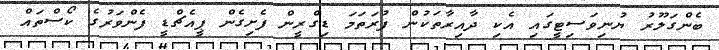
ބެންގަލޫރު ޔުނިވަސިޓީގައި އެކި ދާއިރާތަކުން ފުރަތަމަ ޑިގްރީން ފެށިގެން ޕީއެޗްޑީ ފެންވަރުގެ ކޯސްތައް